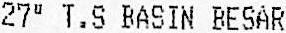
27" T.S BASIN BESAR